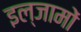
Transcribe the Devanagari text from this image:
इल्जामों